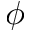
\phi